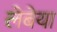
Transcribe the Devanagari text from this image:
लेबेया